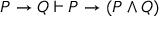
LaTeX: P \to Q \vdash P \to ( P \land Q )